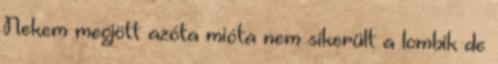
Nekem megjött azóta mióta nem sikerült a lombik de